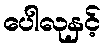
ပေါလုနှင့်